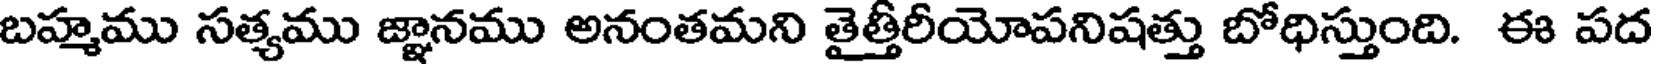
బహ్మము సత్యము జ్ఞానము అనంతమని తైత్తీరీయోపనిషత్తు బోధిస్తుంది. ఈ పద